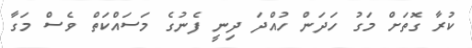
ކުރާ ގޮތަށް މަގު ހަދަން ހުއްދަ ދިނީ ފެނުގެ މަސައްކަތް ވެސް މަގާ